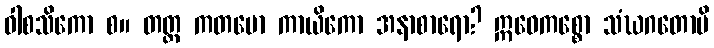
ဝါစသိကော စ။ တတ္ထ ကတမော ကာယိကော အနာစာရော? ဣဓေကစ္စော သံဃဂတောပိ